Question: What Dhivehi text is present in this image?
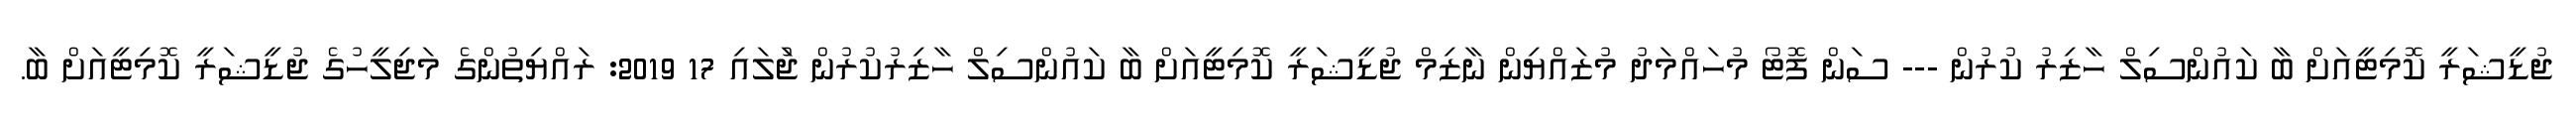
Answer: ޖުޑީޝަރީ ކޮމިޓީއަށް ބާ ކައުންސިލް ހާޒިރު ކުރުން --- ސަން ފޮޓޯ މުހައްމަދު މުޒައްޔިން ނާޒިމް ޖުޑީޝަރީ ކޮމިޓީއަށް ބާ ކައުންސިލް ހާޒިރުކުރުން ޖުަލައި 17 2019: ރައްޔިތުންގެ މަޖިލީހުގެ ޖުޑީޝަރީ ކޮމިޓީއަށް ބާ.